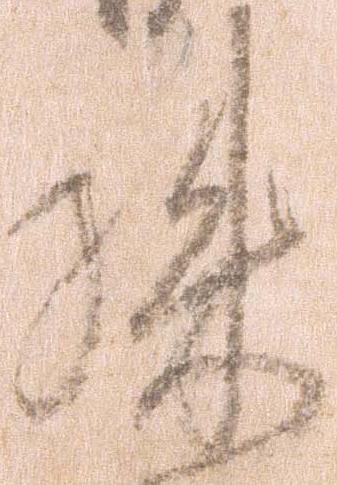
殊